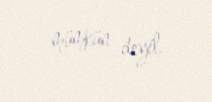
mümkün deyil.